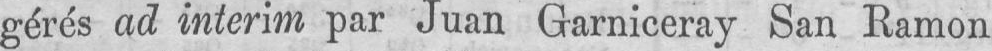
gérés ad intérim par Juan Garniceray San Ramon